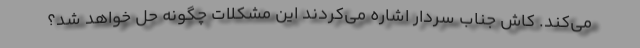
می‌کند. کاش جناب سردار اشاره می‌کردند این مشکلات چگونه حل خواهد شد؟